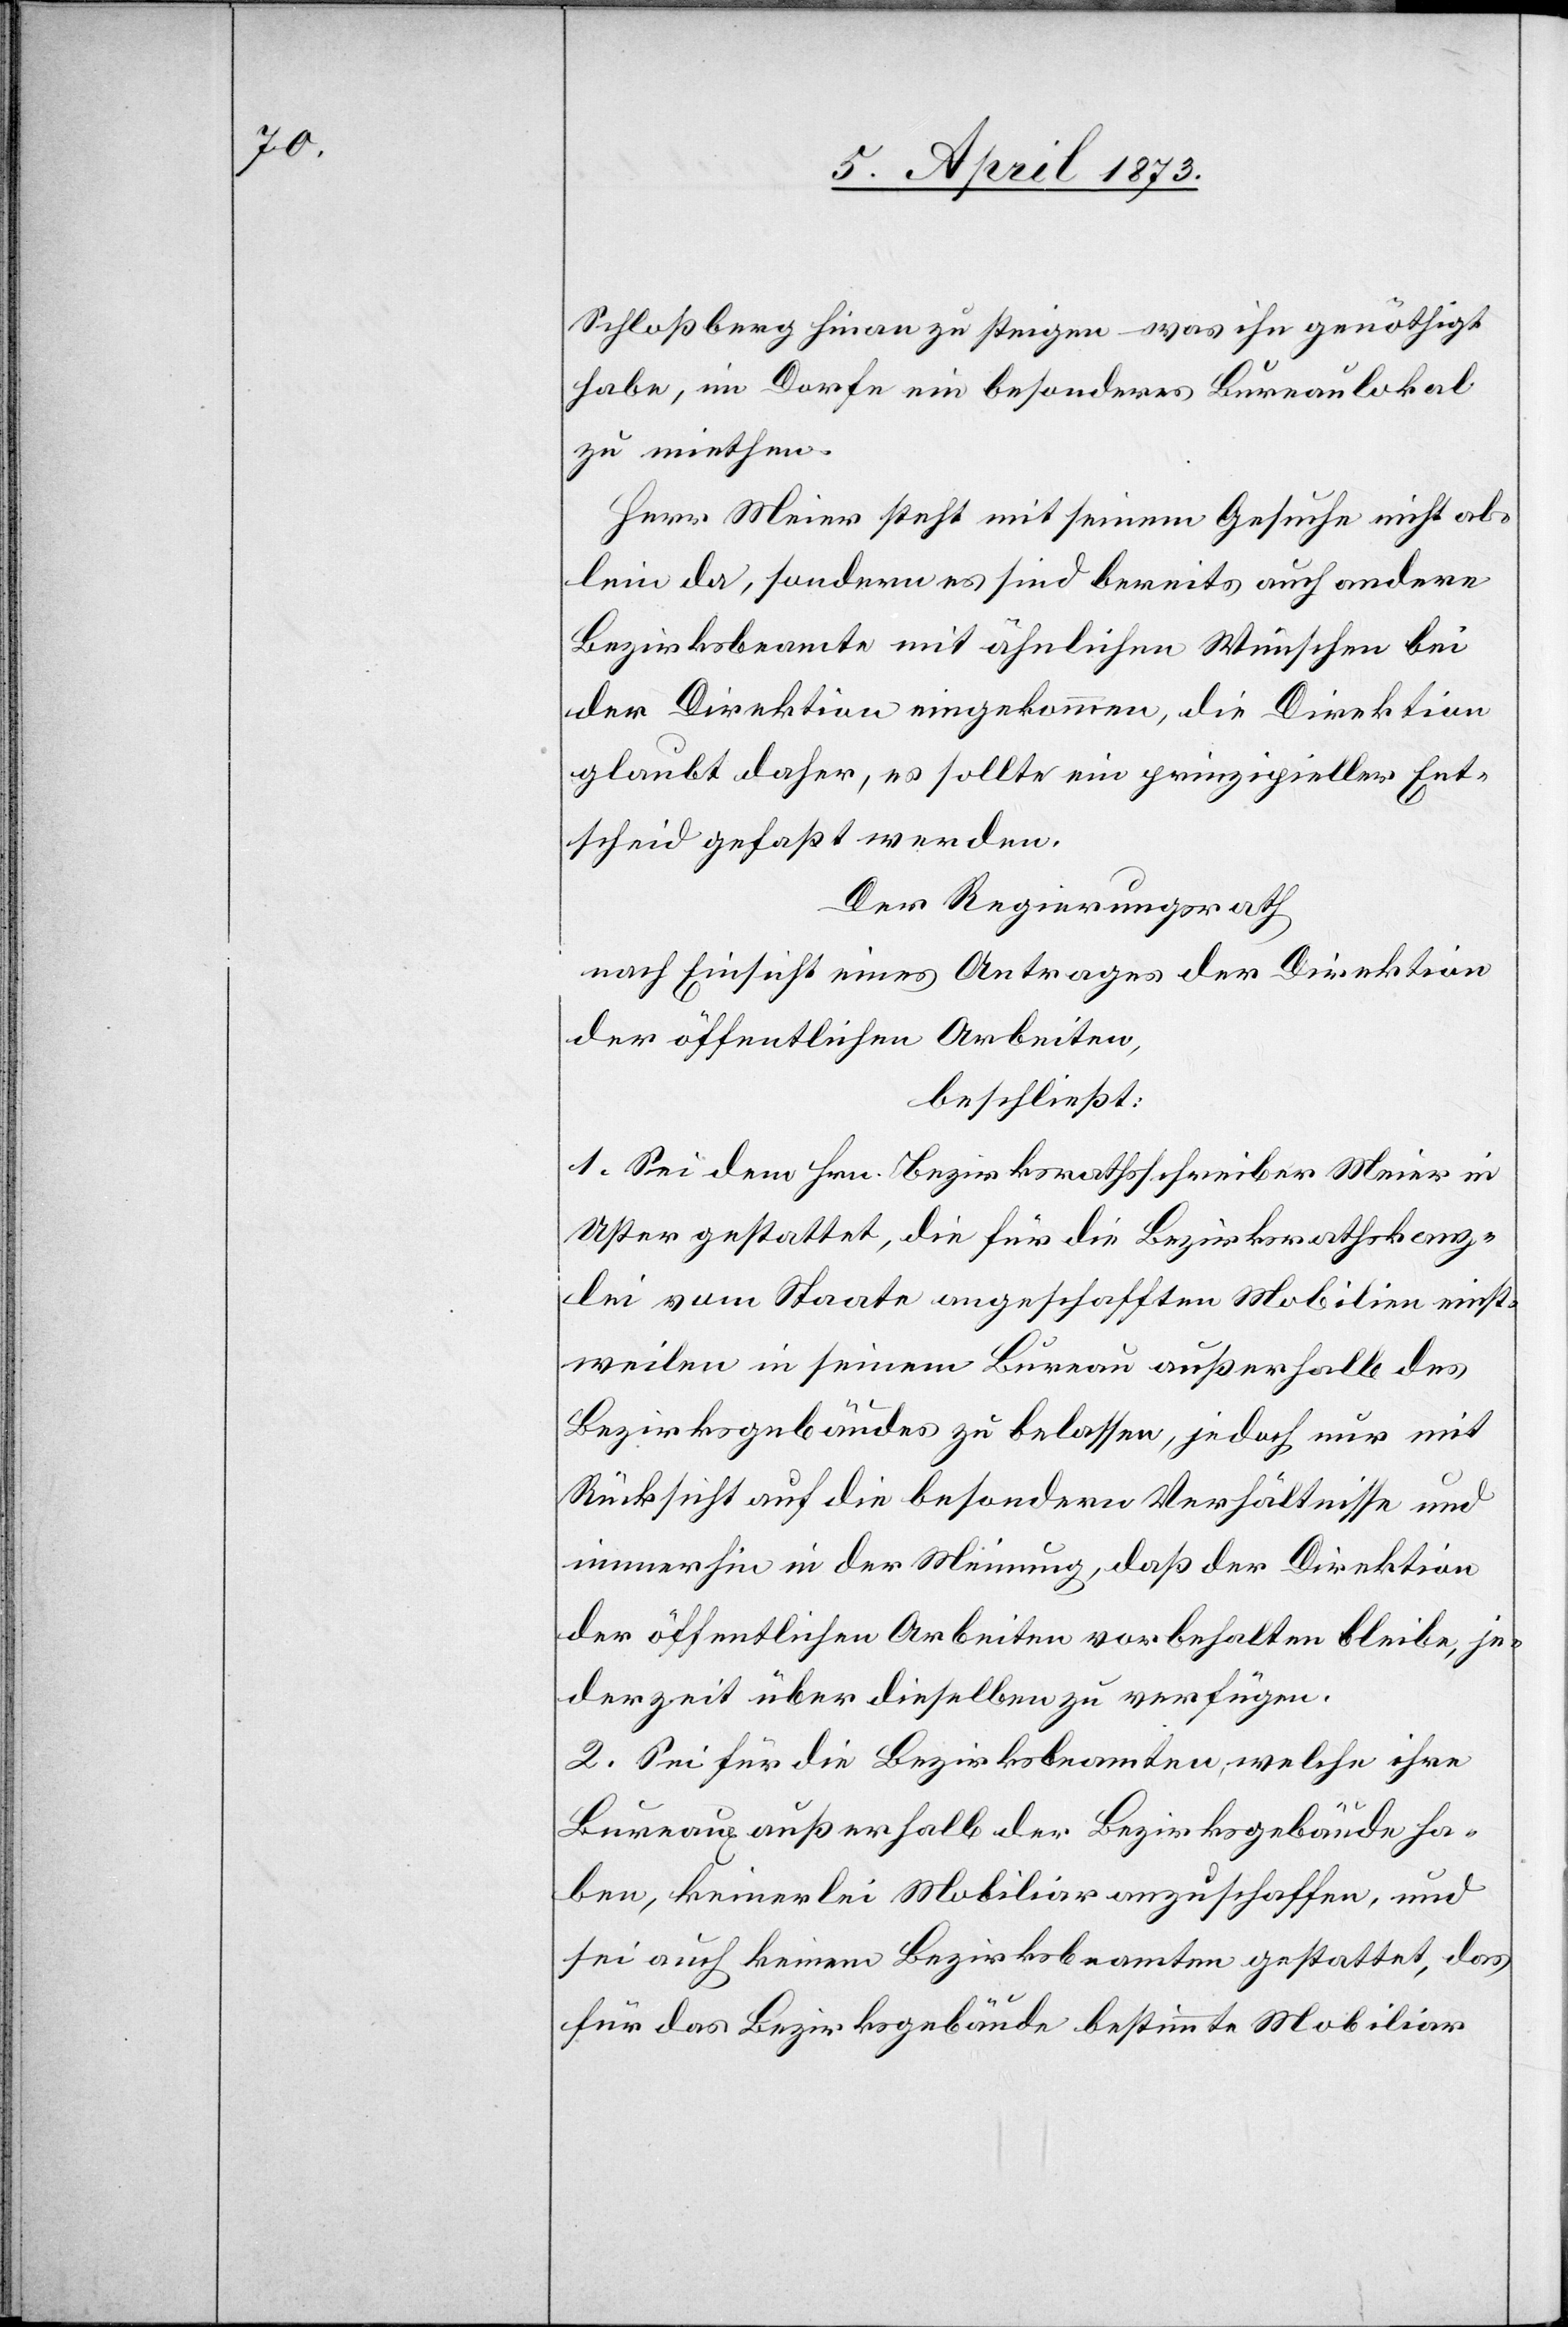
Schloßberg hinan zu steigen – was ihn genöthigt
habe, im Dorfe ein besonderes Bureaulokal
zu miethen.
Herr Meier steht mit seinem Gesuche nicht al¬
lein da, sondern es sind bereits auch andere
Bezirksbeamte mit ähnlichen Wünschen bei
der Direktion eingekommen, die Direktion
glaubt daher, es sollte ein prinzipieller Ent¬
scheid gefaßt werden.
Der Regierungsrath
nach Einsicht eines Antrages der Direktion
der öffentlichen Arbeiten,
beschließt:
1. Sei dem Hrn. Bezirksrathsschreiber Meier in
Uster gestattet, die für die Bezirksrathskanz¬
lei vom Staate angeschafften Mobilien einst¬
weilen in seinem Bureau außerhalb des
Bezirksgebäudes zu belassen, jedoch nur mit
Rücksicht auf die besondern Verhältnisse und
immerhin in der Meinung, daß der Direktion
der öffentlichen Arbeiten vorbehalten bleibe, je¬
derzeit über dieselben zu verfügen.
2. Sei für die Bezirksbeamten, welche ihre
Bureaux außerhalb der Bezirksgebäude ha¬
ben, keinerlei Mobiliar anzuschaffen, und
sei auch keinem Bezirksbeamten gestattet, das
für das Bezirksgebäude bestimmte Mobiliar